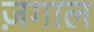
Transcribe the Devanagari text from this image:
ज़गाल